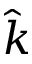
\hat { k }